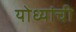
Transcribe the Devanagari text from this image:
योध्यांची